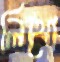
লিথো